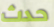
حدث